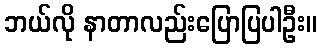
ဘယ်လို နာတာလည်းပြောပြပါဦး။